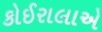
કોઈરાલાએ